Civil Veterinary Dept. Assam report 1927-50 - 1927-1950
Year: 1927
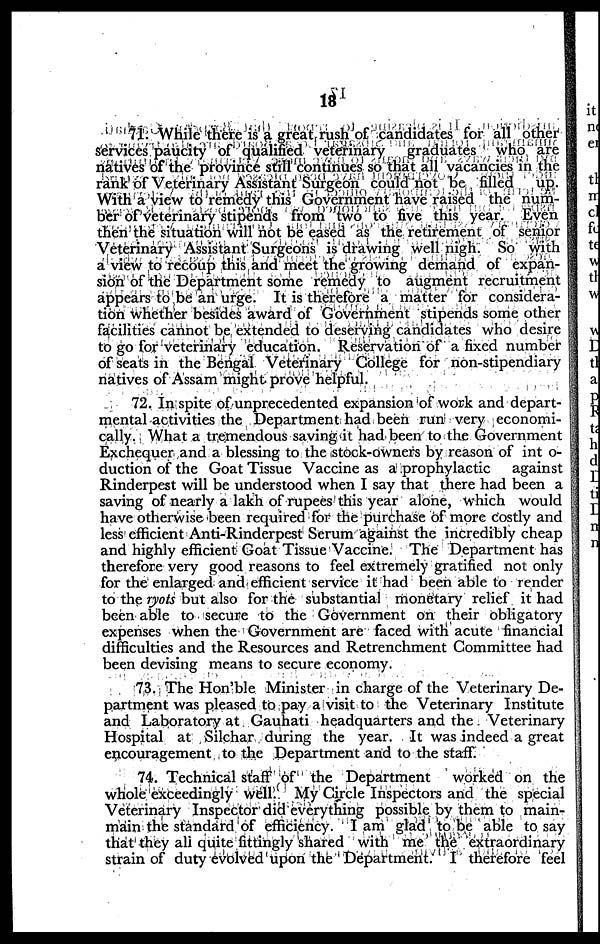
18
71. While there is a great rush of candidates for all other
services paucity of qualified veterinary
graduates who are
natives of the province still continues so that all vacancies in the
rank of Veterinary Assistant Surgeon could not be filled up.
With a view to remedy this Government have raised the num-
ber of veterinary stipends from two to five this year. Even
then the situation will not be eased as the retirement of senior
Veterinary Assistant Surgeons is drawing well nigh. So with
a view to recoup this and meet the growing demand of expan-
sion of the Department some remedy to augment recruitment
appears to be an urge. It is therefore a matter for considera-
tion whether besides award of Government stipends some other
facilities cannot be extended to deserving candidates who desire
to go for veterinary education. Reservation of a fixed number
of seats in the Bengal Veterinary College for non-stipendiary
natives of Assam might prove helpful.
72. In spite of unprecedented expansion of work and depart-
mental activities the Department had been run very economi-
cally. What a tremendous saving it had been to the Government
Exchequer and a blessing to the stock-owners by reason of int o-
duction of the Goat Tissue Vaccine as a prophylactic
against
Rinderpest will be understood when I say that there had been a
saving of nearly a lakh of rupees this year alone, which would
have otherwise been required for the purchase of more costly and
less efficient Anti-Rinderpest Serum against the incredibly cheap
and highly efficient Goat Tissue Vaccine. The Department has
therefore very good reasons to feel extremely gratified not only
for the enlarged and efficient service it had been able to render
to the ryots but also for the substantial monetary relief it had
been able to secure to the Government on their obligatory
expenses when the Government are faced with acute financial
difficulties and the Resources and Retrenchment Committee had
been devising means to secure economy.
73. The Hon'ble Minister in charge of the Veterinary De-
partment was pleased to pay a visit to the Veterinary Institute
and Laboratory at Gauhati headquarters and the Veterinary
Hospital at Silchar during the year. It was indeed a great
encouragement to the Department and to the staff.
74. Technical staff of the Department
worked on the
whole exceedingly well. My Circle Inspectors and the special
Veterinary Inspector did everything possible by them to main-
main the standard of efficiency. I am glad to be able to say
that they ali quite fittingly shared with me the extraordinary
strain of duty evolved upon the Department. I therefore feel